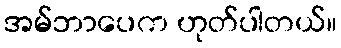
အမ်ဘာပေက ဟုတ်ပါတယ်။